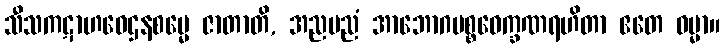
သီသကဋာဟဝေဌနစမ္မေ ဇာတာတိ, အညမညံ အာဘောဂပစ္စဝေက္ခဏရဟိတာ ဧတေ ဓမ္မာ။